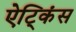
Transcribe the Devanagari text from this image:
ऐट्किंस